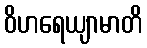
ဝိဟရေယျာမာတိ